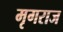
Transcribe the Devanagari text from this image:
मृगराज